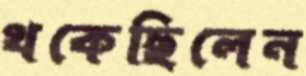
থকেছিলেন